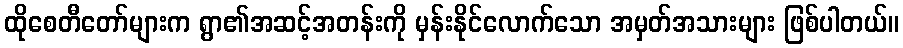
ထိုစေတီတော်များက ရွာ၏အဆင့်အတန်းကို မှန်းနိုင်လောက်သော အမှတ်အသားများ ဖြစ်ပါတယ်။